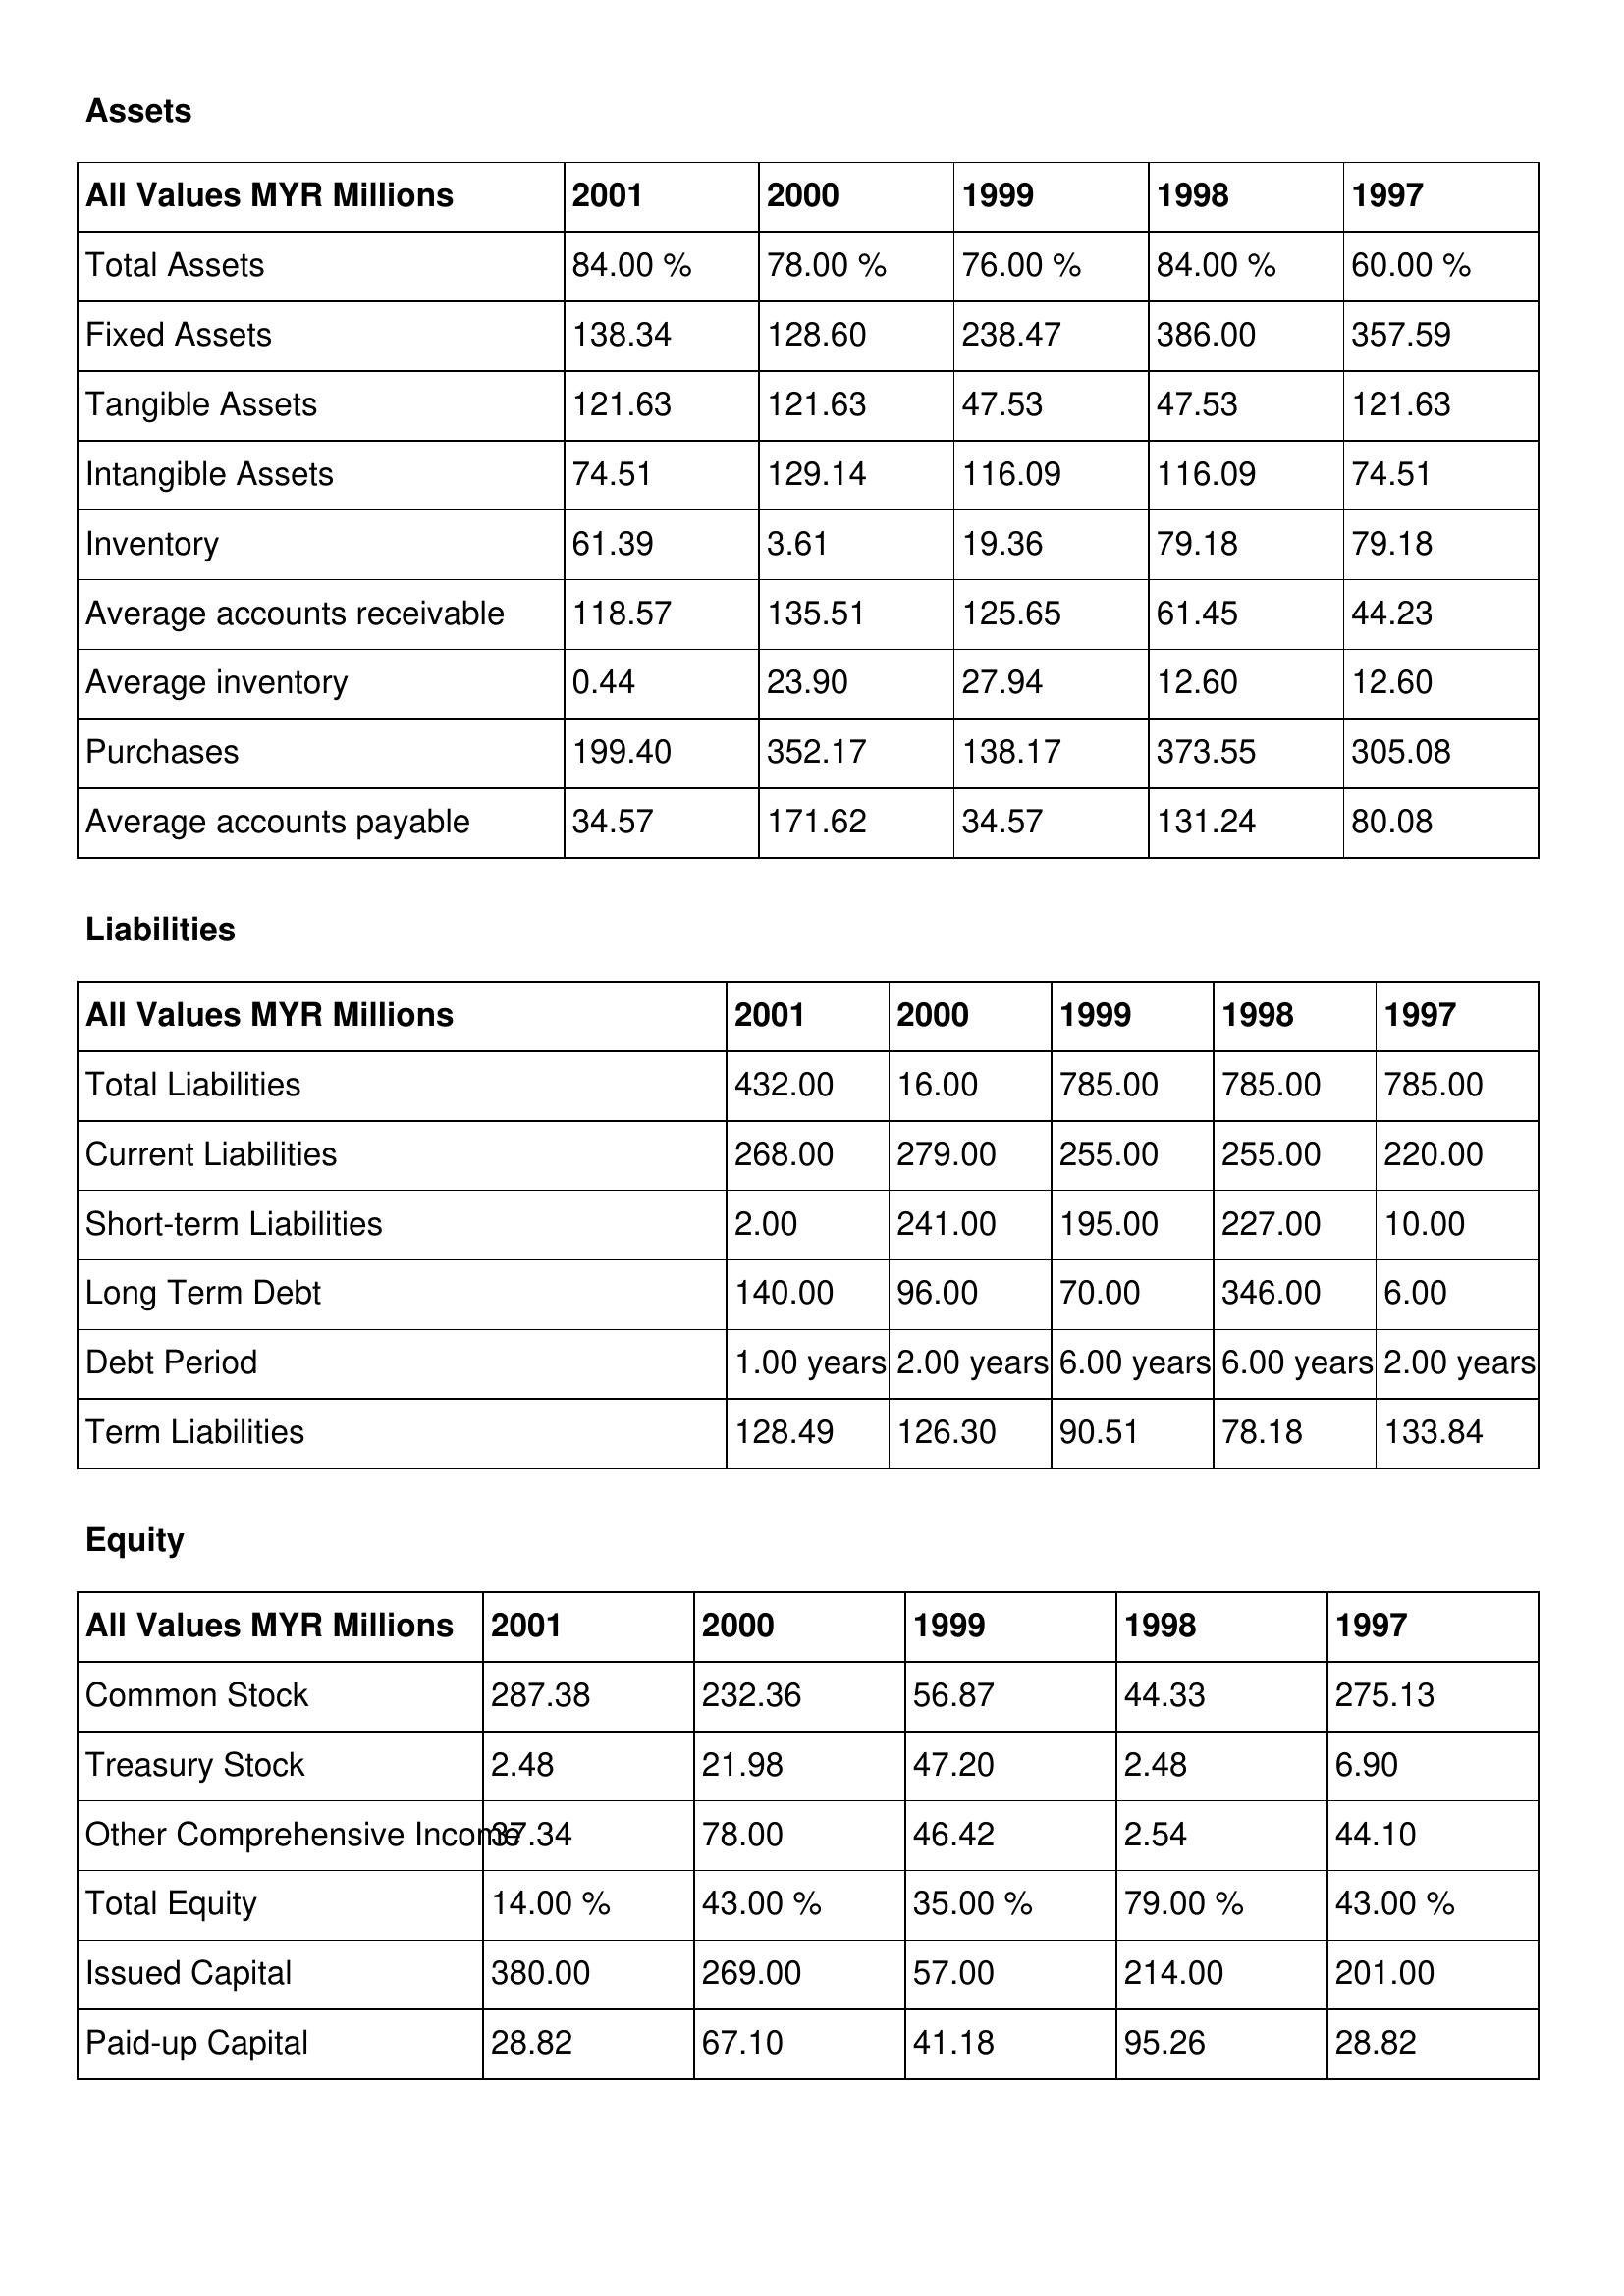
gt_parse: 2001: Assets: Total Assets: 84.00 %
Fixed Assets: 138.34
Tangible Assets: 121.63
Intangible Assets: 74.51
Inventory: 61.39
Average accounts receivable: 118.57
Average inventory: 0.44
Purchases: 199.40
Average accounts payable: 34.57
Liabilities: Total Liabilities: 432.00
Current Liabilities: 268.00
Short-term Liabilities: 2.00
Long Term Debt: 140.00
Debt Period: 1.00 years
Term Liabilities: 128.49
Equity: Common Stock: 287.38
Treasury Stock: 2.48
Other Comprehensive Income: 37.34
Total Equity: 14.00 %
Issued Capital: 380.00
Paid-up Capital: 28.82
2000: Assets: Total Assets: 78.00 %
Fixed Assets: 128.60
Tangible Assets: 121.63
Intangible Assets: 129.14
Inventory: 3.61
Average accounts receivable: 135.51
Average inventory: 23.90
Purchases: 352.17
Average accounts payable: 171.62
Liabilities: Total Liabilities: 16.00
Current Liabilities: 279.00
Short-term Liabilities: 241.00
Long Term Debt: 96.00
Debt Period: 2.00 years
Term Liabilities: 126.30
Equity: Common Stock: 232.36
Treasury Stock: 21.98
Other Comprehensive Income: 78.00
Total Equity: 43.00 %
Issued Capital: 269.00
Paid-up Capital: 67.10
1999: Assets: Total Assets: 76.00 %
Fixed Assets: 238.47
Tangible Assets: 47.53
Intangible Assets: 116.09
Inventory: 19.36
Average accounts receivable: 125.65
Average inventory: 27.94
Purchases: 138.17
Average accounts payable: 34.57
Liabilities: Total Liabilities: 785.00
Current Liabilities: 255.00
Short-term Liabilities: 195.00
Long Term Debt: 70.00
Debt Period: 6.00 years
Term Liabilities: 90.51
Equity: Common Stock: 56.87
Treasury Stock: 47.20
Other Comprehensive Income: 46.42
Total Equity: 35.00 %
Issued Capital: 57.00
Paid-up Capital: 41.18
1998: Assets: Total Assets: 84.00 %
Fixed Assets: 386.00
Tangible Assets: 47.53
Intangible Assets: 116.09
Inventory: 79.18
Average accounts receivable: 61.45
Average inventory: 12.60
Purchases: 373.55
Average accounts payable: 131.24
Liabilities: Total Liabilities: 785.00
Current Liabilities: 255.00
Short-term Liabilities: 227.00
Long Term Debt: 346.00
Debt Period: 6.00 years
Term Liabilities: 78.18
Equity: Common Stock: 44.33
Treasury Stock: 2.48
Other Comprehensive Income: 2.54
Total Equity: 79.00 %
Issued Capital: 214.00
Paid-up Capital: 95.26
1997: Assets: Total Assets: 60.00 %
Fixed Assets: 357.59
Tangible Assets: 121.63
Intangible Assets: 74.51
Inventory: 79.18
Average accounts receivable: 44.23
Average inventory: 12.60
Purchases: 305.08
Average accounts payable: 80.08
Liabilities: Total Liabilities: 785.00
Current Liabilities: 220.00
Short-term Liabilities: 10.00
Long Term Debt: 6.00
Debt Period: 2.00 years
Term Liabilities: 133.84
Equity: Common Stock: 275.13
Treasury Stock: 6.90
Other Comprehensive Income: 44.10
Total Equity: 43.00 %
Issued Capital: 201.00
Paid-up Capital: 28.82